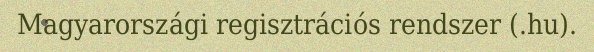
Magyarországi regisztrációs rendszer (.hu).